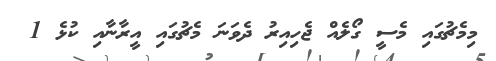
މިމެޗުގައި މެސީ ގޯލެއް ޖެހިއިރު ދެވަނަ މެޗުގައި އީރާނާއި ކުޅެ 1